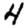
Digit: 4